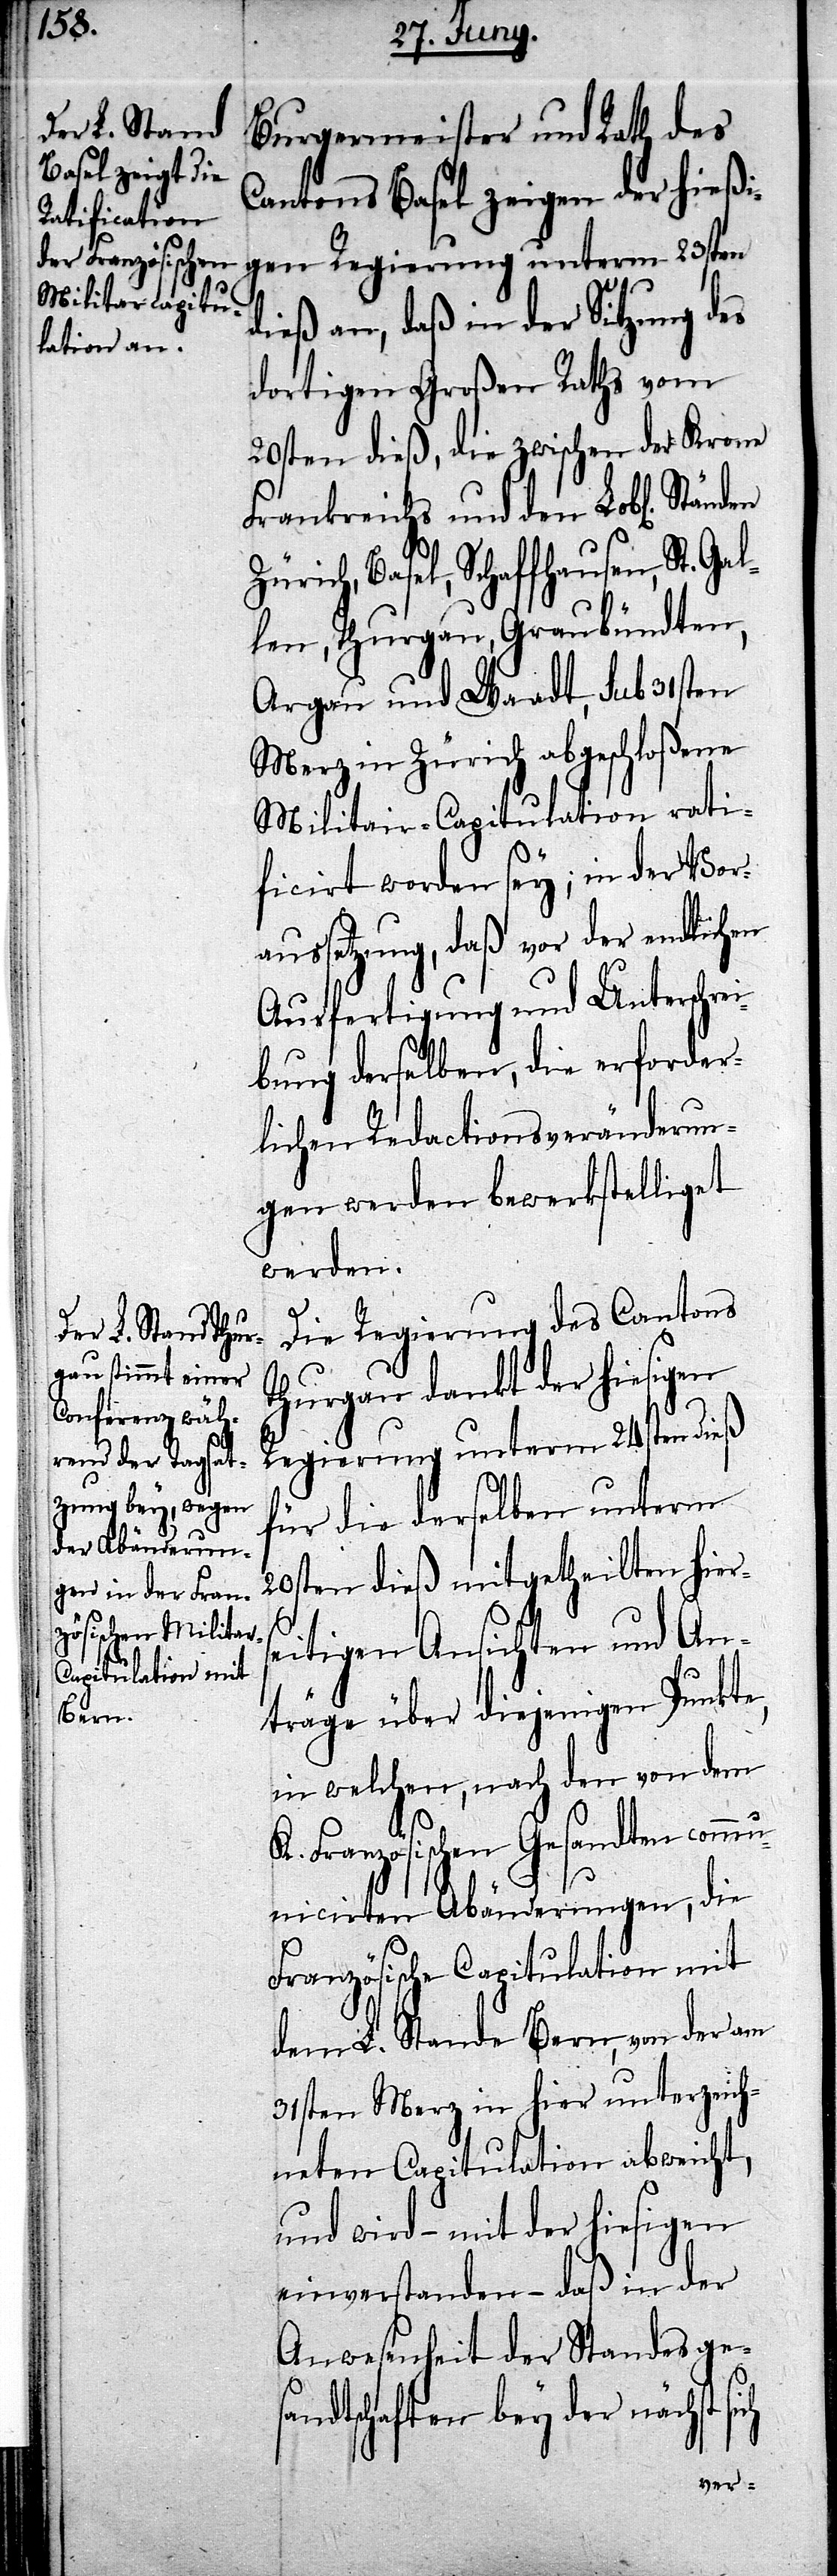
Gal¬

Burgermeister und Rath des
Cantons Basel zeigen der hießi¬
gen Regierung unterm 23sten
dieß an, daß in der Sitzung des
dortigen Großen Raths vom
20sten dieß, die zwischen der Krone
Frankreichs und den Lobl. Ständen
Zürich, Basel, Schaffhausen, St.
len, Thurgau, Graubündten,
Argau und Waadt, sub 31sten
Merz in Zürich abgeschloßene
Militar-Capitulation rati¬
ficirt worden sey; in der Vor¬
aussetzung, daß vor der endlichen
Ausfertigung und Unterschre¬
ibung derselben, die erforder¬
lichen Redactionsveränderun¬
gen werden bewerkstelliget
werden.
Die Regierung des Cantons
Thurgau dankt der hiesigen
Regierung unterm 24sten dieß
für die derselben unterm
20sten dieß mitgetheilten hier¬
seitigen Ansichten und An¬
träge über diejenigen Punkte,
in welchen, nach den von dem
Französischen Gesandten com¬
municirten Abänderungen, die
Französische Capitulation mit
dem L. Stande Bern, von der am
31sten Merz in hier unterzeich¬
neten Capitulation abweicht,
wird – mit der hiesigen
einverstanden – daß in der
Anwesenheit der Standesges¬
andtschaften bey der nächst